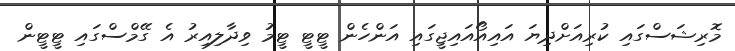
މޮރިޝަސްގައި ކުރިއަށްދިޔަ އައިއޯއައިޖީގައި އަންހެން ޓީޓީ ޓީމު ވިދާލިއިރު އެ ގޭމްސްގައި ޓީޓީން